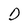
Character: D